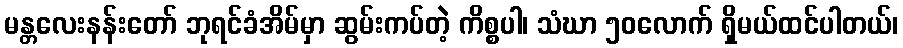
မန္တလေးနန်းတော် ဘုရင်ခံအိမ်မှာ ဆွမ်းကပ်တဲ့ ကိစ္စပါ၊ သံဃာ ၅၀လောက် ရှိမယ်ထင်ပါတယ်၊